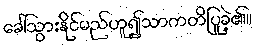
ခေါ်သွားနိုင်မည်ဟူ၍သာကတိပြုခဲ့၏။